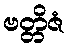
ဗတ္တိဇံ